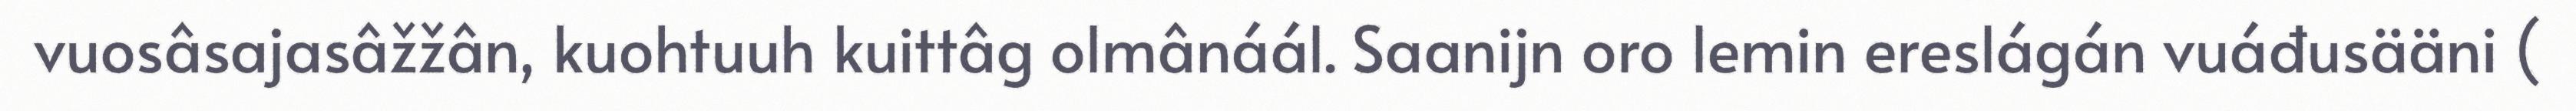
vuosâsajasâžžân, kuohtuuh kuittâg olmânáál. Saanijn oro lemin ereslágán vuáđusääni (